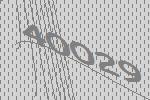
40029